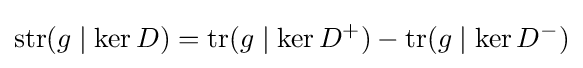
\operatorname {str} (g\mid \ker D)=\operatorname {tr} (g\mid \ker D^{+})-\operatorname {tr} (g\mid \ker D^{-})